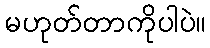
မဟုတ်တာကိုပါပဲ။